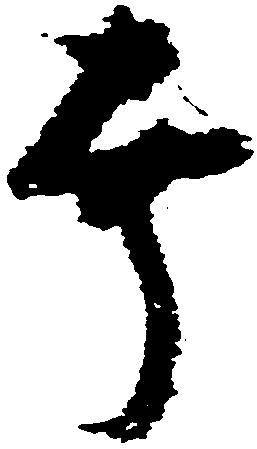
幸